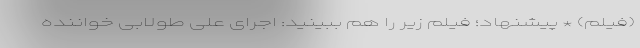
(فیلم) * پیشنهاد؛ فیلم‌ زیر را هم ببینید: اجرای علی طولابی خواننده